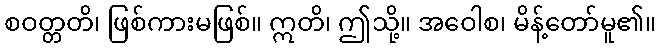
စဝတ္တတိ၊ ဖြစ်ကားမဖြစ်။ ဣတိ၊ ဤသို့။ အဝေါစ၊ မိန့်တော်မူ၏။